Cholera in India, 1862 to 1881
Year: 1862
Disease focus: Cholera
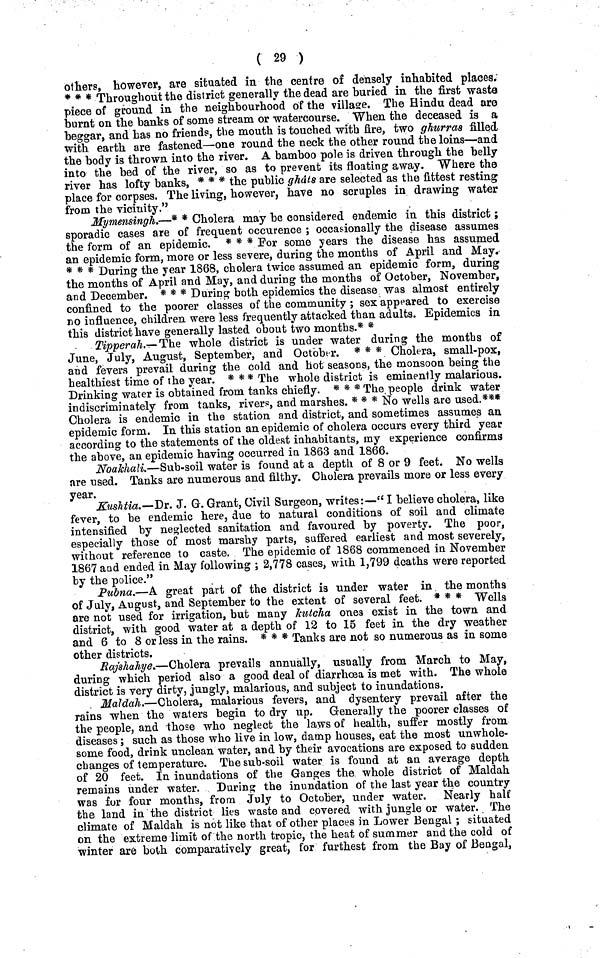
( 29 )
others, however, are situated in the centre of densely inhabited places.
* * * Throughout the district generally the dead are buried in the first waste
piece of ground in the neighbourhood of the village. The Hindu dead are
burnt on the banks of some stream or watercourse. When the deceased is a
beggar, and has no friends, the mouth is touched with fire, two ghurras filled
with earth are fastened—one round the neck the other round the loins—and
the body is thrown into the river. A bamboo pole is driven through the belly
into the bed of the river, so as to prevent its floating away. Where the
river has lofty banks, * * * the public ghats are selected as the fittest resting
place for corpses. The living, however, have no scruples in drawing water
from the vicinity."
Mymensingh.—* * Cholera may be considered endemic in this district ;
sporadic cases are of frequent occurence ; occasionally the disease assumes
the form of an epidemic. * * * For some years the disease has assumed
an epidemic form, more or less severe, during the months of April and May.
* * * During the year 1868, cholera twice assumed an epidemic form, during
the months of April and May, and during the months of October, November,
and December. * * * During both epidemics the disease was almost entirely
confined to the poorer classes of the community ; sex appeared to exercise
no influence, children were less frequently attacked than adults. Epidemics in
this district have generally lasted about two months.* *
Tipperah.— The whole district is under water during the months of
June, July, August, September, and October. * * * Cholera, small-pox,
and fevers prevail during the cold and hot seasons, the monsoon being the
healthiest time of the year. * * * The whole district is eminently malarious.
Drinking water is obtained from tanks chiefly. * * * The people drink water
indiscriminately from tanks, rivers, and marshes. * * * No wells are used.***
Cholera is endemic in the station and district, and sometimes assumes an
epidemic form. In this station an epidemic of cholera occurs every third year
according to the statements of the oldest inhabitants, my experience confirms
the above, an epidemic having occurred in 1863 and 1866.
Noakhali.—Sub-soil water is found at a depth of 8 or 9 feet. No wells
are used. Tanks are numerous and filthy. Cholera prevails more or less every
year.
Kushtia.—Dr. J. G. Grant, Civil Surgeon, writes:—'' I believe cholera, like
fever, to be endemic here, due to natural conditions of soil and climate
intensified by neglected sanitation and favoured by poverty. The poor,
especially those of most marshy parts, suffered earliest and most severely,
without reference to caste. The epidemic of 1868 commenced in November
1867 and ended in May following ; 2,778 cases, with 1,799 deaths were reported
by the police."
Pubna.—A great part of the district is under water in the months
of July, August, and September to the extent of several feet. * * * Wells
are not used for irrigation, but many kutcha ones exist in the town and
district, with good water at a depth of 12 to 15 feet in the dry weather
and 6 to 8 or less in the rains. * * * Tanks are not so numerous as in some
other districts.
Rajshahye.—Cholera prevails annually, usually from March to May,
during which period also a good deal of diarrhoea is met with. The whole
district is very dirty, jungly, malarious, and subject to inundations.
Maldah.—Cholera, malarious fevers, and dysentery prevail after the
rains when the waters begin to dry up. Generally the poorer classes of
the people, and those who neglect the laws of health, suffer mostly from
diseases ; such as those who live in low, damp houses, eat the most unwhole-
some food, drink unclean water, and by their avocations are exposed to sudden
changes of temperature. The sub-soil water is found at an average depth
of 20 feet. In inundations of the Ganges the whole district of Maldah
remains under water. During the inundation of the last year the country
was for four months, from July to October, under water. Nearly half
the land in the district lies waste and covered with jungle or water. The
climate of Maldah is not like that of other places in Lower Bengal ; situated
on the extreme limit of the north tropic, the heat of summer and the cold of
winter are both comparatively great, for furthest from the Bay of Bengal,